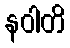
နဝါတိ